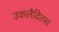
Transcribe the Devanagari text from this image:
उकलैदितस